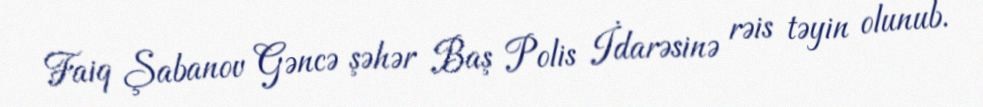
Faiq Şabanov Gəncə şəhər Baş Polis İdarəsinə rəis təyin olunub.